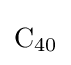
{\mathrm {C} {\vphantom {A}}_{\smash[{t}]{40}}}